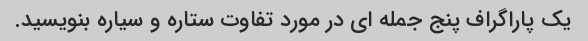
یک پاراگراف پنج جمله ای در مورد تفاوت ستاره و سیاره بنویسید.